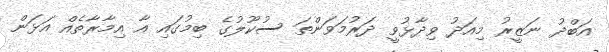
އަބްދު ނަޒީރު މިއަދު ވިދާޅުވީ ދަރުމަވަންތަ ސުކޫލުގެ ބިމުގައި އާ އިމާރާތެއް އަޅަން